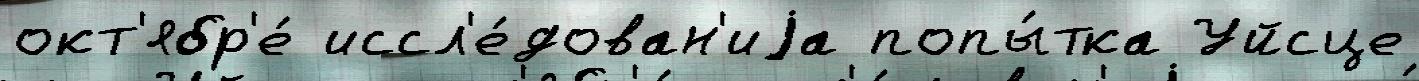
окт'ябр'е́ иссл'е́дован'иjа попы́тка Уйсце